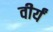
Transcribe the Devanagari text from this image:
वीर्यं